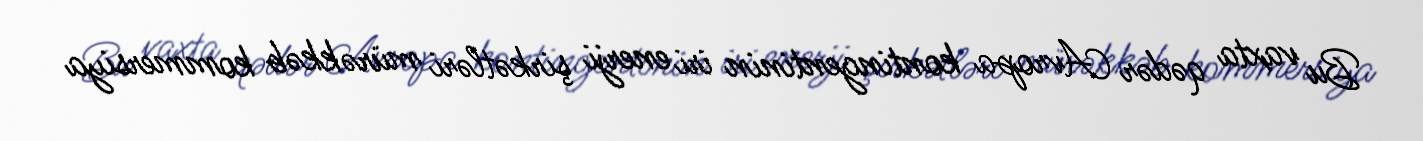
Bu vaxta qədər Avropa kontingentinin iri enerji şirkətləri mürəkkəb kommersiya